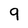
Character: 9